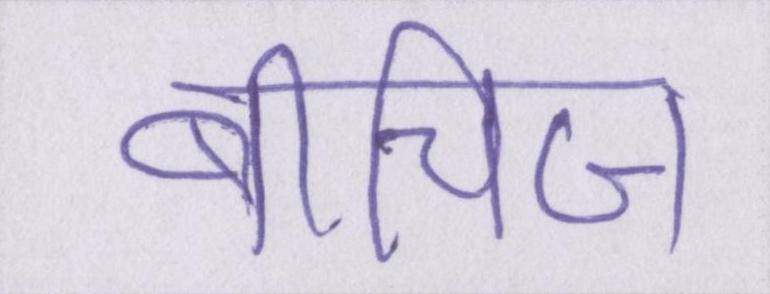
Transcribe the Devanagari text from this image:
बीचिज